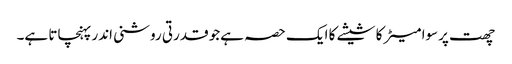
چھت پرسوا میٹر کا شیشے کا ایک حصہ ہےجو قدرتی روشنی اندر پہنچاتا ہے۔